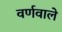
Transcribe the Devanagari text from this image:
वर्णवाले